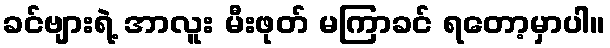
ခင်ဗျားရဲ့ အာလူး မီးဖုတ် မကြာခင် ရတော့မှာပါ။